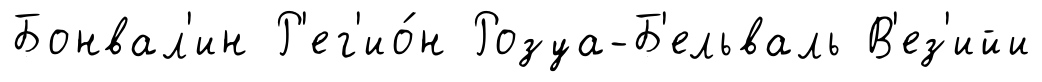
Бонвал'ин Р'ег'ио́н Розуа-Б'ельваль В'ез'ийи